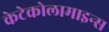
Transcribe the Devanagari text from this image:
केटेकोलामाइन्स